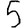
Digit: 5